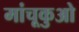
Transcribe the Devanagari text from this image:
मांचूकुओ